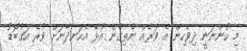
މި ހުންނަނީ ދިވެހިން އެ ވަރެއް ނެތިގެން އުޅޭ އެހަނދާނަށް ވުރެ އަގުބޮޑު